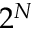
2 ^ { N }